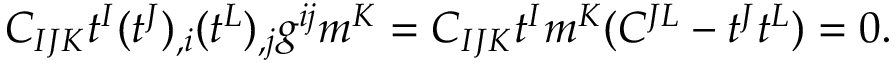
C _ { I J K } t ^ { I } ( t ^ { J } ) _ { , i } ( t ^ { L } ) _ { , j } g ^ { i j } m ^ { K } = C _ { I J K } t ^ { I } m ^ { K } ( C ^ { J L } - t ^ { J } t ^ { L } ) = 0 .